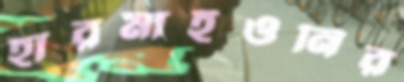
হারমাইওনির